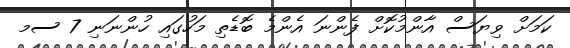
ކަމަށް ވިޔަސް އާންމުކޮށް ފެންނަ އެންމެ ބޮޑެތި މަހުގައި ހުންނަނި 7 ސމ